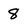
Character: 8